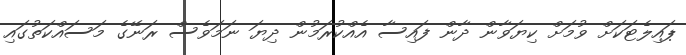
ޕައިލެޓަކަށް ވުމަށް ކިޔަވާން ދާން ފައިސާ އެއްކުރަމުން ދިޔަ ނަމަވެސް ރަނޭގެ މަސައްކަތުގައި